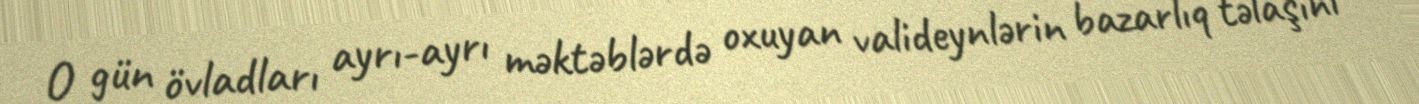
O gün övladları ayrı-ayrı məktəblərdə oxuyan valideynlərin bazarlıq təlaşını